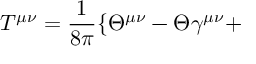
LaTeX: T ^ { \mu \nu } = \frac { 1 } { 8 \pi } \{ \Theta ^ { \mu \nu } - \Theta \gamma ^ { \mu \nu } +